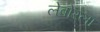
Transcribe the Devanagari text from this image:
लेबोरला